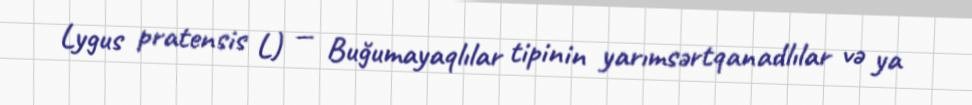
Lygus pratensis L) — Buğumayaqlılar tipinin yarımsərtqanadlılar və ya